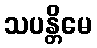
သပန္တိမေ